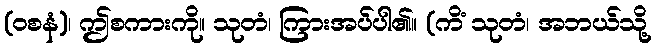
(ဝစနံ)၊ ဤစကားကို။ သုတံ၊ ကြားအပ်ပါ၏။ (ကိံ သုတံ၊ အဘယ်သို့